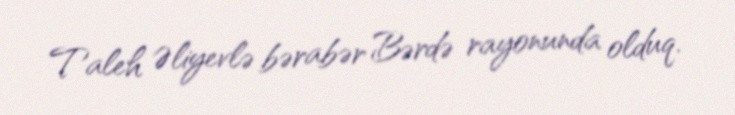
Taleh Əliyevlə bərabər Bərdə rayonunda olduq.